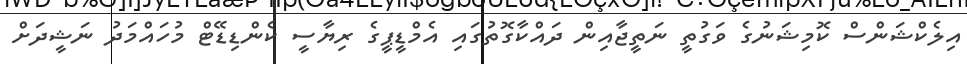
އިލެކްޝަންސް ކޮމިޝަނުގެ ވަގުތީ ނަތީޖާއިން ދައްކާގޮތުގައި އެމްޑީޕީގެ ރިޔާސީ ކެންޑިޑޭޓް މުހައްމަދު ނަޝީދަށް